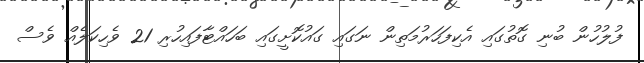
ފުލުހުން ބުނި ގޮތުގައި އެކިފަހަރުމަތިން ނަގައި ގައުކޮށީގައި ބަހައްޓާފައިހުރި 21 ވެހިކަލެއް ވެސް